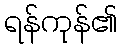
ရန်ကုန်၏